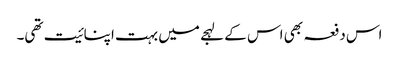
اس دفعہ بھی اس کے لہجے میں بہت اپنائیت تھی۔